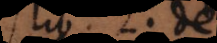
lib. 2. de